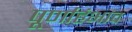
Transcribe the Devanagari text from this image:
पूर्णाहंभाव